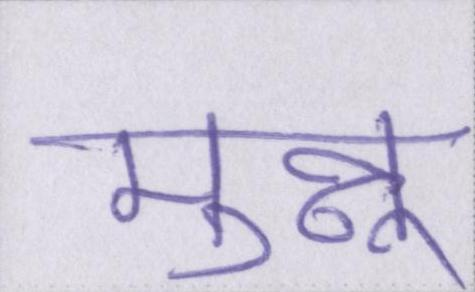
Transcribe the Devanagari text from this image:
मुन्नू